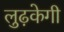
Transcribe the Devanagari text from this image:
लुढ़केगी